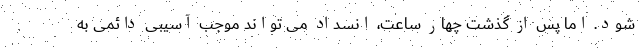
شود. اما پس از گذشت چهار ساعت، انسداد می تواند موجب آسیبی دائمی به